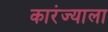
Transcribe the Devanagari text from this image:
कारंज्याला